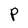
Character: P